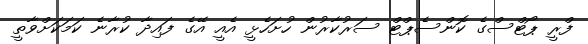
ފްރީ ޕޯޓްސްގެ ކޮންސެޕްޓް ސަރުކާރުން ހުށަހެޅީ އެއީ އޭގެ ފައިދާ ކުރާނެ ކަމަކަށްވާތީ